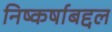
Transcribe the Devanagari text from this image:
निष्कर्षाबद्दल